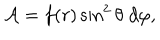
{ \cal A } = f ( r ) \sin ^ { 2 } \theta \; d \varphi ,